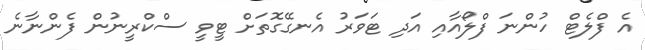
އެ ފްލެޓް ހުންނަ ފްލޯއާއި އަދި ޓަވަރު އެނގޭގޮތަށް ޓީވީ ސްކްރީނުން ފެންނާނެ